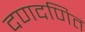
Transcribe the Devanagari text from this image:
दणदणित